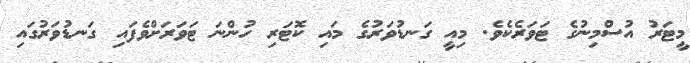
މީޓަރު އުސްމިނުގެ ޓަވަރެކެވެ. މިއީ ގަނޑުވަރުގެ މައި ކޮޓަރި ހުންނަ ޓަވަރަށްވެފައި ގަނޑުވަރުގައި